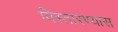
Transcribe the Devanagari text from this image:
विस्तारण्यास